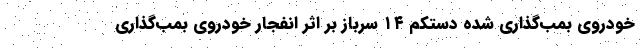
خودروی بمب‌گذاری شده دستکم ۱۴ سرباز بر اثر انفجار خودروی بمب‌گذاری